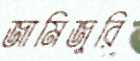
জামিজুরি